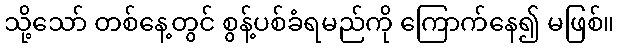
သို့သော် တစ်နေ့တွင် စွန့်ပစ်ခံရမည်ကို ကြောက်နေ၍ မဖြစ်။